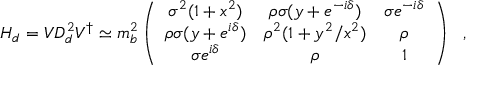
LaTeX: H _ { d } = V D _ { d } ^ { 2 } V ^ { \dagger } \simeq m _ { b } ^ { 2 } \left( \begin{array} { c c c } { { \sigma ^ { 2 } ( 1 + x ^ { 2 } ) } } & { { \rho \sigma ( y + e ^ { - i \delta } ) } } & { { \sigma e ^ { - i \delta } } } \\ { { \rho \sigma ( y + e ^ { i \delta } ) } } & { { \rho ^ { 2 } ( 1 + y ^ { 2 } / x ^ { 2 } ) } } & { { \rho } } \\ { { \sigma e ^ { i \delta } } } & { { \rho } } & { { 1 } } \end{array} \right) \ \ ,